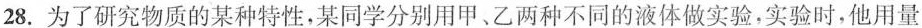
28.为了研究物质的某种特性，某同学分别用甲、乙两种不同的液体做实验，实验时，他用量